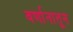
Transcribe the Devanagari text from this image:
वर्णानातून